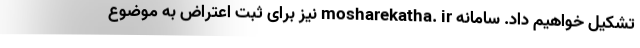
تشکیل خواهیم داد. سامانه mosharekatha. ir نیز برای ثبت اعتراض به موضوع